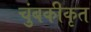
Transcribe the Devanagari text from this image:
चुंबकीकृत